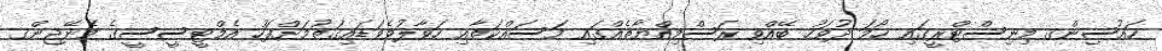
ހައުސިންގ މިނިސްޓްރީގައި ހޯމަ ދުވަހު ބޭއްވި ރަސްމިއްޔާތެއްގައި މަސައްކަތާއި ހަވާލުވެވަޑައިގަތުމަށްފަހު އެމްޓީސީސީގެ މެނޭޖިންގ